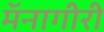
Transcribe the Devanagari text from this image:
मॅनागीरी